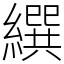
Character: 繏